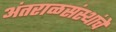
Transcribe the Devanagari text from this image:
अंतराळसंस्थांचे